Indian journal of veterinary science and animal husbandry - Volume 8,
Year: 1938
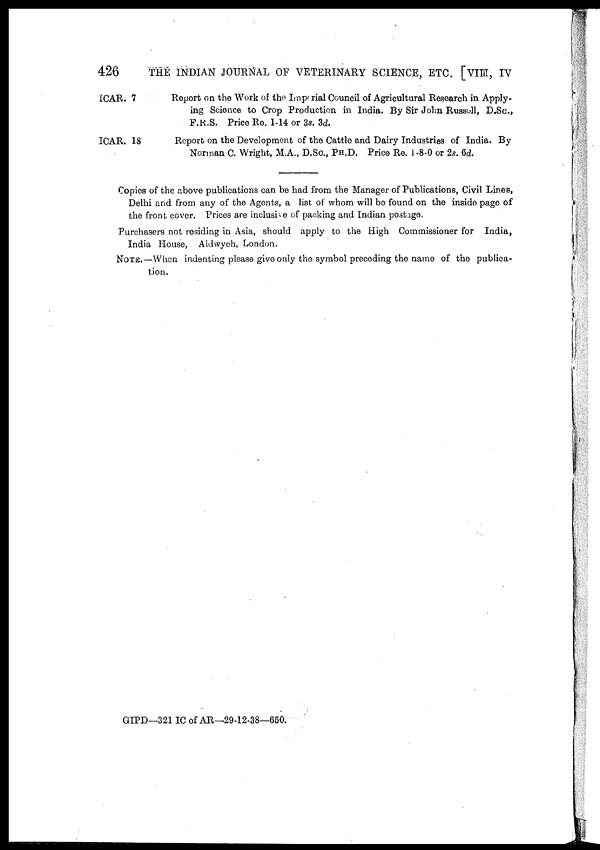
426
THE INDIAN JOURNAL OF VETERINARY SCIENCE, ETC. [VIII, IV
ICAR. 7
ICAR. 18
Report on the Work of the Imperial Council of Agricultural Research in Apply-
ing Science to Crop Production in India. By Sir John Russoll, D.Sc.,
F.R.S. Price Re. 1-14 or 3s. 3d.
Report on the Development of the Cattle and Dairy Industries of India. By
Norman C. Wright, M.A., D.Sc, PH.D. Price Re. 1 -8-0 or 2s. 6d.
Copies of the above publications can be had from the Manager of Publications, Civil Lines,
Delhi and from any of the Agents, a list of whom will be found on the inside page of
the front cover. Prices are inclusive of packing and Indian postage.
Purchasers not residing in Asia, should apply to the High Commissioner for India,
India House, Aldwych, London.
NOTE.—When indenting please give only the symbol preceding the name of the publica-
tion.
GIPD—321 IC of AR—29-12-38—650.